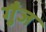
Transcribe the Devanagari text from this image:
गुँज